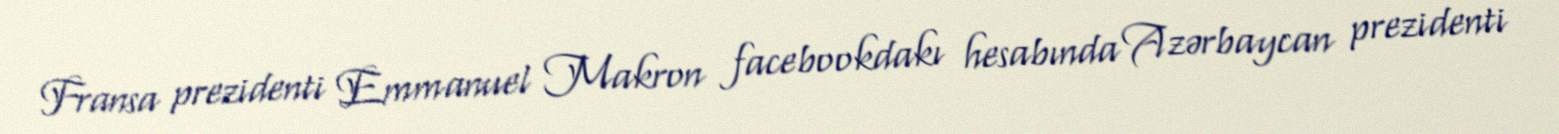
Fransa prezidenti Emmanuel Makron facebookdakı hesabında Azərbaycan prezidenti